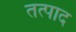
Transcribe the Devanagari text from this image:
तत्पाद